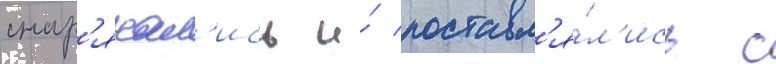
снар'яжал'ись и́ поставл'я́л'ись с